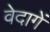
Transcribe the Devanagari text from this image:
वेदागें